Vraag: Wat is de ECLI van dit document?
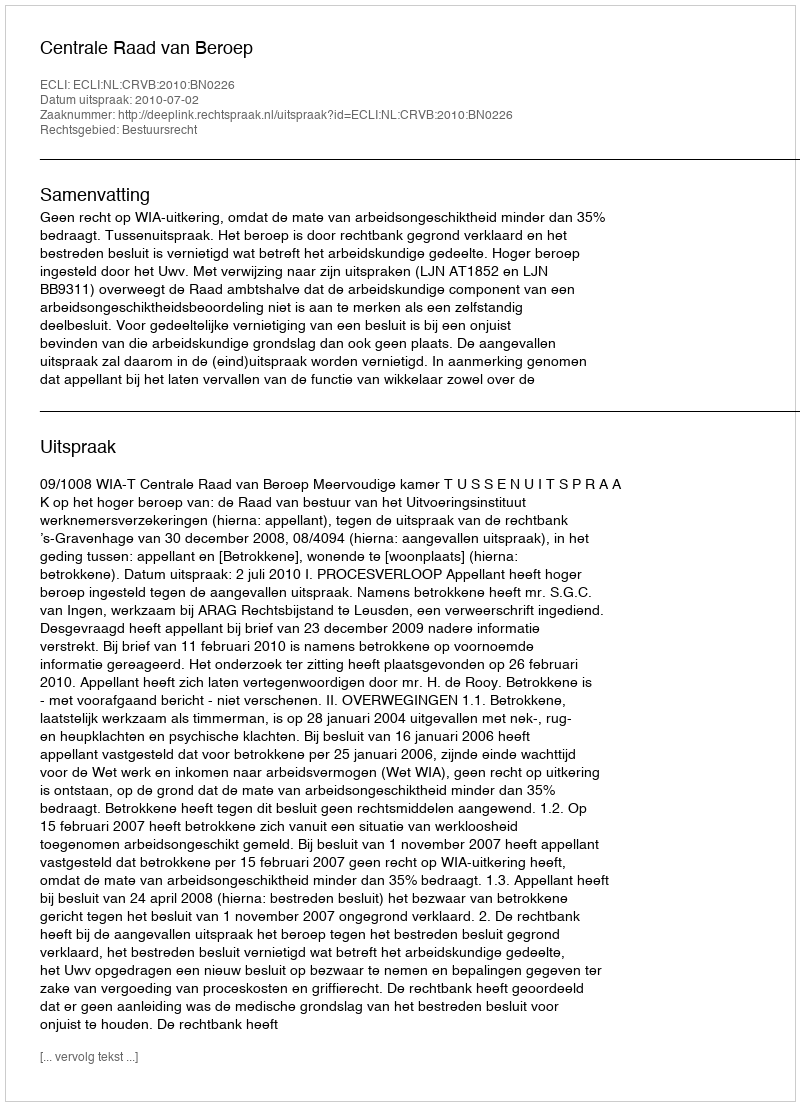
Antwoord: ECLI:NL:CRVB:2010:BN0226